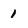
Character: 1